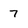
Character: 7